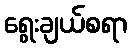
ရွေးချယ်စရာ